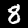
Label: 8